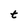
Character: t